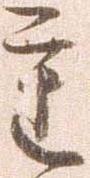
重